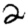
Digit: 2